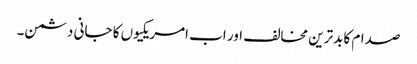
صدام کا بدترین مخالف اور اب امریکیوں کا جانی دشمن۔